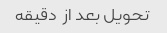
تحویل بعد از  دقیقه